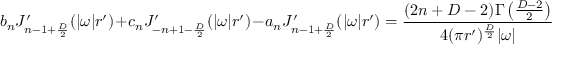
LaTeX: b _ { n } J _ { n - 1 + { \frac { D } { 2 } } } ^ { \prime } ( | \omega | r ^ { \prime } ) + c _ { n } J _ { - n + 1 - { \frac { D } { 2 } } } ^ { \prime } ( | \omega | r ^ { \prime } ) - a _ { n } J _ { n - 1 + { \frac { D } { 2 } } } ^ { \prime } ( | \omega | r ^ { \prime } ) = { \frac { ( 2 n + D - 2 ) \Gamma \left( { \frac { D - 2 } { 2 } } \right) } { 4 ( \pi r ^ { \prime } ) ^ { \frac { D } { 2 } } | \omega | } }